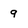
Character: 9